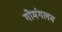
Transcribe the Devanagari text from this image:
गोमंगलम